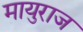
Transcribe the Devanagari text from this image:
मायुराज